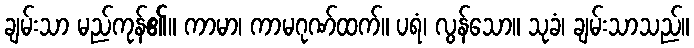
ချမ်းသာ မည်ကုန်၏။ ကာမာ၊ ကာမဂုဏ်ထက်။ ပရံ၊ လွန်သော။ သုခံ၊ ချမ်းသာသည်။